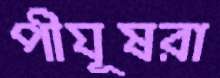
পীযূষরা